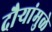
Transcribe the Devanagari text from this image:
दौर्‍यांमुळे